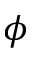
\phi